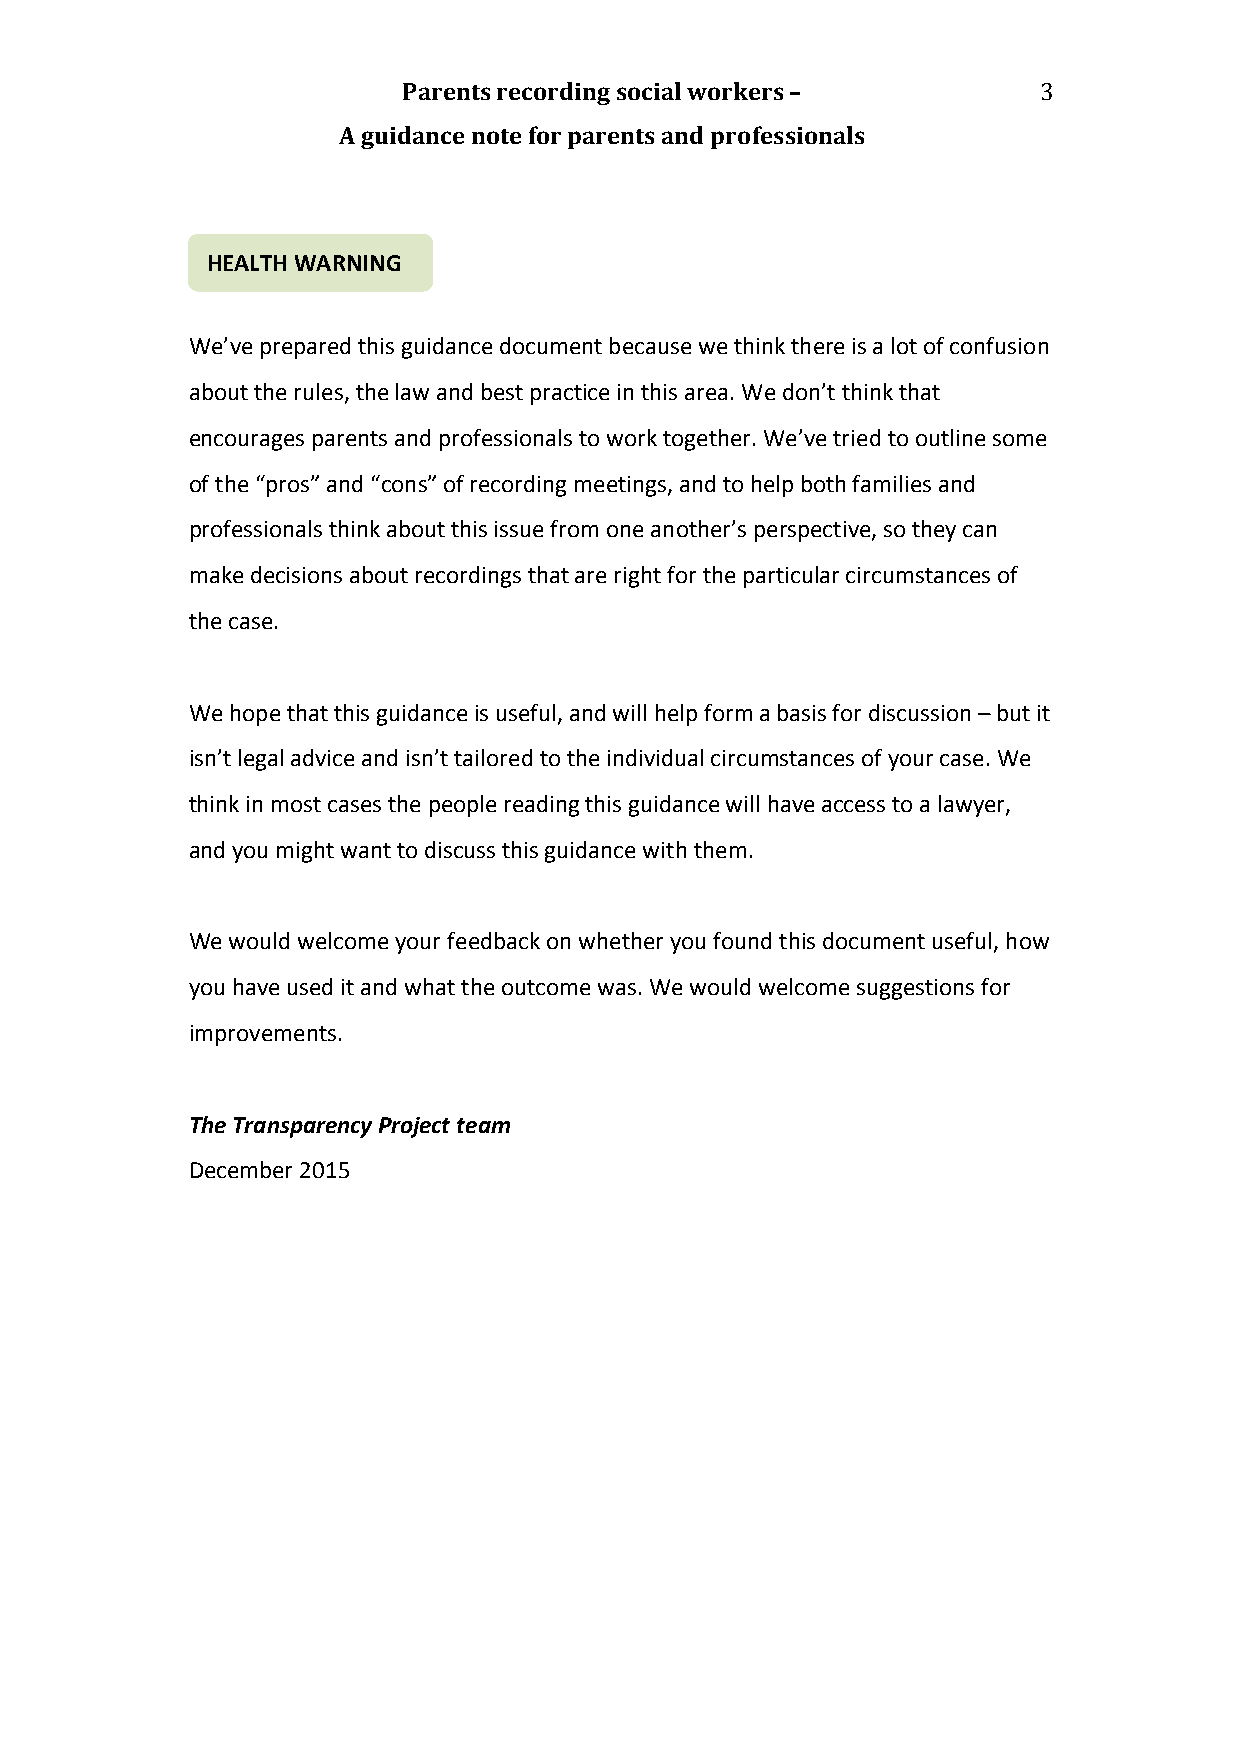
Parents recording social workers –        3
 A guidance note for parents and professionals
 HEALTH WARNING
 We’ve prepared this guidance document because we think there is a lot of confusion
 about the rules, the law and best practice in this area. We don’t think that
 encourages parents and professionals to work together. We’ve tried to outline some
 of the “pros” and “cons” of recording meetings, and to help both families and
 professionals think about this issue from one another’s perspective, so they can
 make decisions about recordings that are right for the particular circumstances of
 the case.
 We hope that this guidance is useful, and will help form a basis for discussion – but it
 isn’t legal advice and isn’t tailored to the individual circumstances of your case. We
 think in most cases the people reading this guidance will have access to a lawyer,
 and you might want to discuss this guidance with them.
 We would welcome your feedback on whether you found this document useful, how
 you have used it and what the outcome was. We would welcome suggestions for
 improvements.
 The Transparency Project team
 December 2015